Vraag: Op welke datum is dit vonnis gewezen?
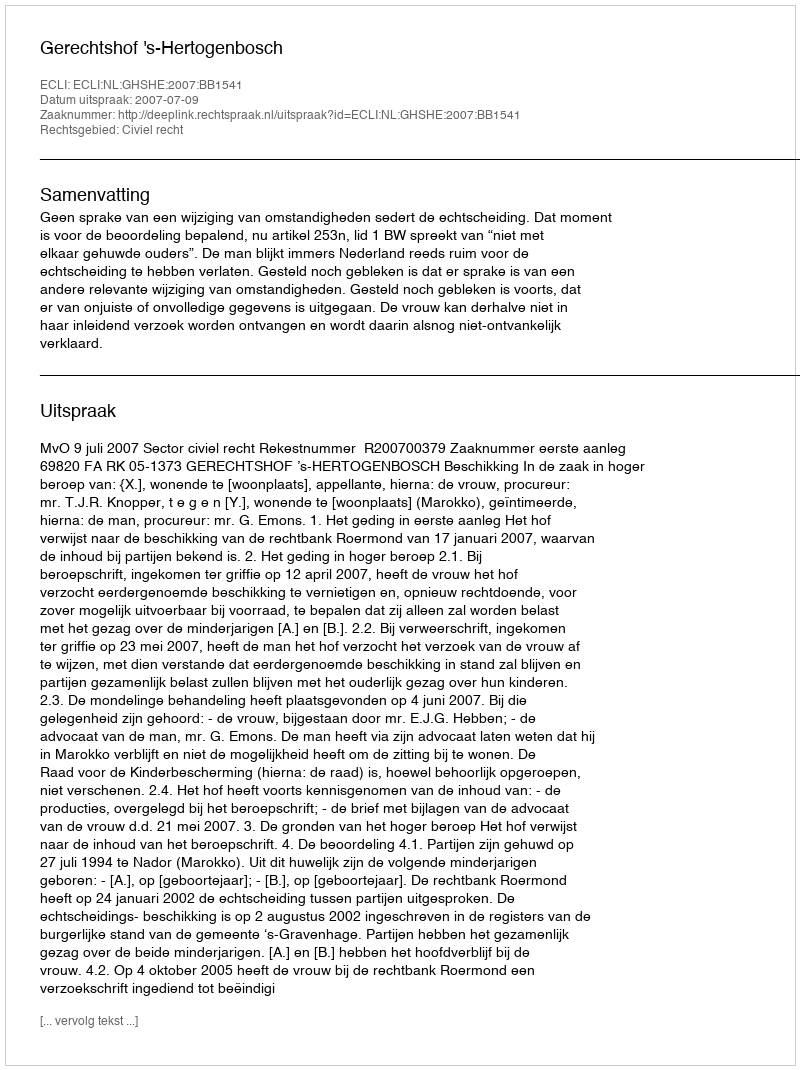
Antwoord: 2007-07-09